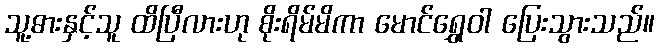
သူ့ဓားနှင့်သူ ထိပြီလားဟု စိုးရိမ်မိကာ မောင်ရွှေဝါ ပြေးသွားသည်။